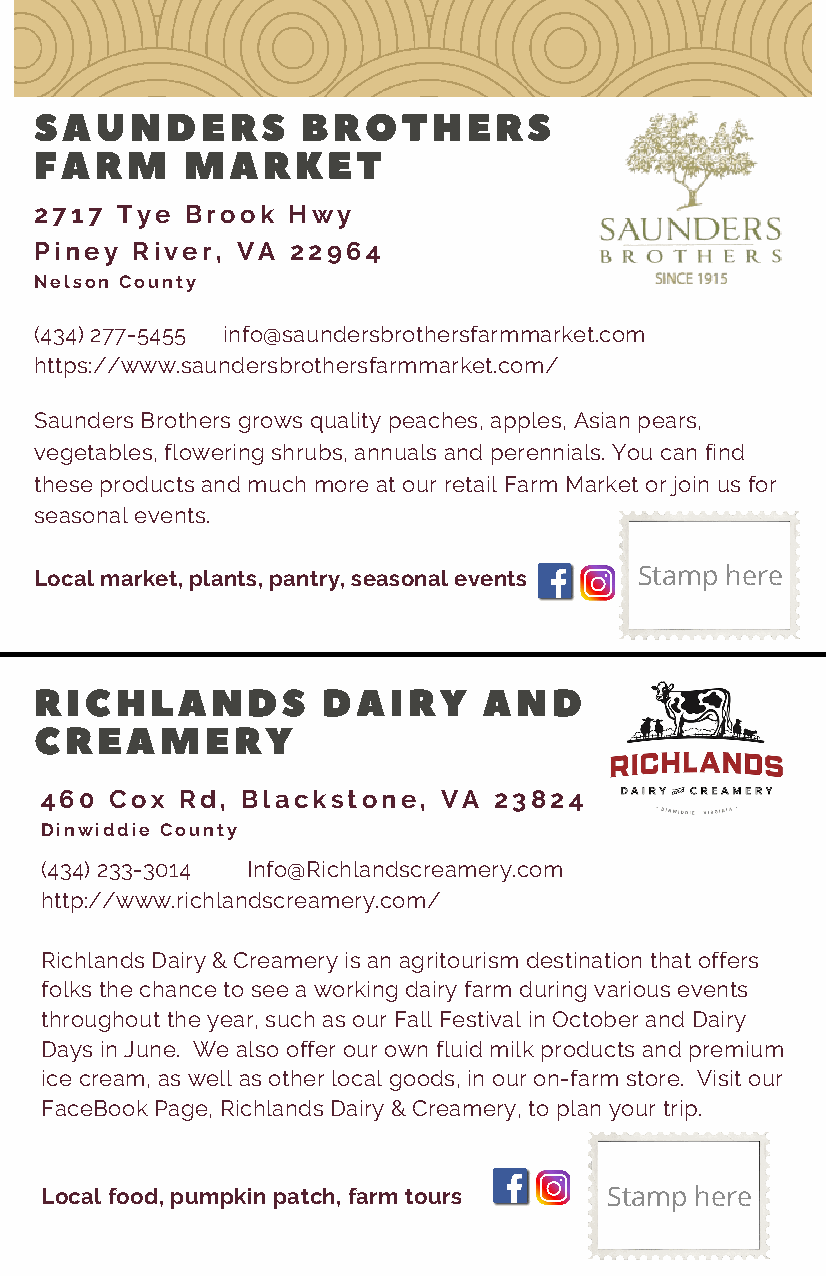
SAUNDERS          BROTHERS
 FARM      MARKET
 2717  Tye Brook  Hwy
 Piney  River, VA 22964
 Nelson County
 (434) 277-5455 info@saundersbrothersfarmmarket.com
 https://www.saundersbrothersfarmmarket.com/
 Saunders Brothers grows quality peaches, apples, Asian pears,
 vegetables, flowering shrubs, annuals and perennials. You can find
 these products and much more at our retail Farm Market or join us for
 seasonal events.
 Local market, plants, pantry, seasonal events Stamp here
 RICHLANDS          DAIRY      AND
 CREAMERY
 460 Cox  Rd, Blackstone,  VA  23824
 Dinwiddie County
 (434) 233-3014 Info@Richlandscreamery.com
 http://www.richlandscreamery.com/
 Richlands Dairy & Creamery is an agritourism destination that offers
 folks the chance to see a working dairy farm during various events
 throughout the year, such as our Fall Festival in October and Dairy
 Days in June. We also offer our own fluid milk products and premium
 ice cream, as well as other local goods, in our on-farm store. Visit our
 FaceBook Page, Richlands Dairy & Creamery, to plan your trip.
 Local food, pumpkin patch, farm tours Stamp here